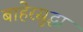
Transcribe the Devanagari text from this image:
बाहेरसुद्धा